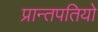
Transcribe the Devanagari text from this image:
प्रान्तपतियो